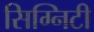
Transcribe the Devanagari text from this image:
सिग्निटी